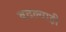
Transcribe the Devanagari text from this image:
बदल्याही